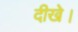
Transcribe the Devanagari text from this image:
दीखे।